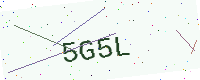
Text: 5G5L